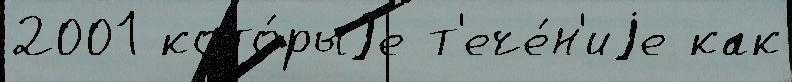
2001 кото́рыjе т'ече́н'иjе как